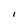
Character: I